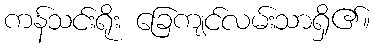
ကန်သင်းရိုး ခြေကျင်လမ်းသာရှိ၏။